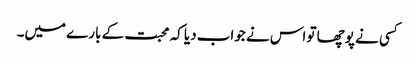
کسی نے پوچھا تو اس نے جواب دیا کہ محبت کے بارے میں۔